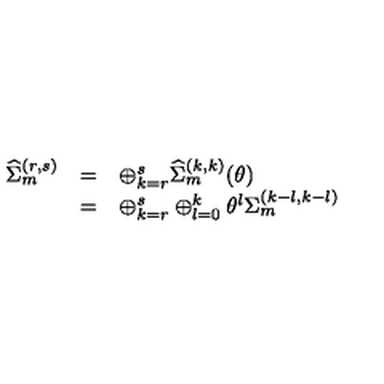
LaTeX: \begin{array} { l c l } { { \widehat \Sigma } _ { m } ^ { ( r , s ) } } & { = } & { \oplus _ { k = r } ^ { s } { \widehat \Sigma } _ { m } ^ { ( k , k ) } ( \theta ) } \\ { } & { = } & { \oplus _ { k = r } ^ { s } \oplus _ { l = 0 } ^ { k } { \theta } ^ { l } { \Sigma } _ { m } ^ { ( k - l , k - l ) } } \\ \end{array}